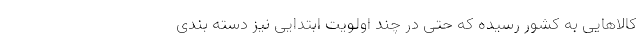
کالاهایی به کشور رسیده که حتی در چند اولویت ابتدایی نیز دسته بندی